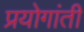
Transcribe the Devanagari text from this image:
प्रयोगांती